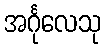
အင်္ဂုလေသု